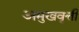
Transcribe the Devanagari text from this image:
अमुखवृत्ती